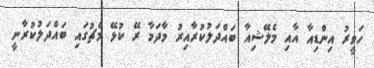
ހަވީރު އިންޑިއާ އާއި މެލޭޝިއާ ބައްދަލުކުރާއިރު މާދަމާ ރޭ ކުޅޭ މެޗުގައި ބައްދަލުކުރާނީ